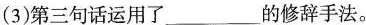
(3)第三句话运用了___ 的修辞手法。